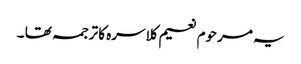
یہ مرحوم نعیم کلاسرہ کا ترجمہ تھا ۔